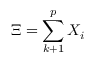
\Xi = \sum _ { k + 1 } ^ { p } X _ { i }